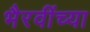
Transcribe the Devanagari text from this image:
भैरवींच्या